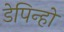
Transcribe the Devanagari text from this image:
डेपिन्हो